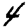
Digit: 4